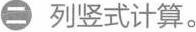
二列竖式计算。